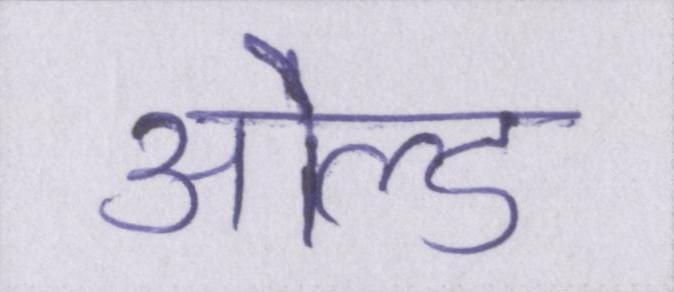
ओल्ड